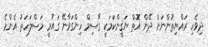
ދިވެހި ރައްޔިތުންނަށް ދޭން އޮތް ޔަޤީންކަމަކީ ގާސިމް ހިންގަވާނޭ ގައުމީ މަސްލަހަތު އެންމެ